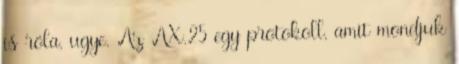
is róla, ugye. Az AX.25 egy protokoll, amit mondjuk